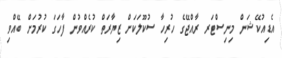
އެޑިއުކޭޝަން މިނިސްޓަރ ރާއްޖޭގެ ހުރިހާ ސުކޫލަކަށް ޒިޔާރަތް ކުރެއްވުން ފާހަގަ ކުރުމަށް ބޭއްވި